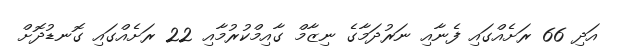
އަދި 66 ރަށެއްގައި ފެނާއި ނަރުދަމާގެ ނިޒާމް ގާއިމްކުރުމާއި 22 ރަށެއްގައި ގޮނޑުދޮށް